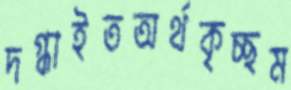
দগ্ধাইতঅর্থকৃচ্ছম